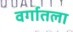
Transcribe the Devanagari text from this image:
वर्गातला